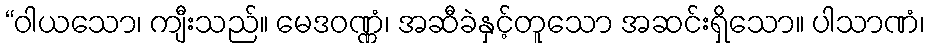
“ဝါယသော၊ ကျီးသည်။ မေဒဝဏ္ဏံ၊ အဆီခဲနှင့်တူသော အဆင်းရှိသော။ ပါသာဏံ၊